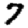
Digit: 7